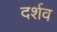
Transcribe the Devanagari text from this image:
दर्शव